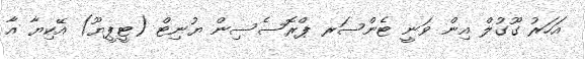
އަހަރު ގޫގުލް އިން ވަނީ ޓެންސަރ ޕްރޮސެސިން ޔުނިޓް (ޓީޕީޔޫ) އޭކިޔާ އާ